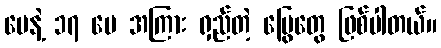
ပေနဲ့ ၁၇ ပေ အကြား ရှည်တဲ့ မြွေတွေ ဖြစ်ပါတယ်။